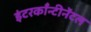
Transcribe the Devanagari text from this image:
इंटरकाँन्टीनेंटल